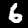
Label: 6